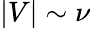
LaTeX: |V|\sim\nu